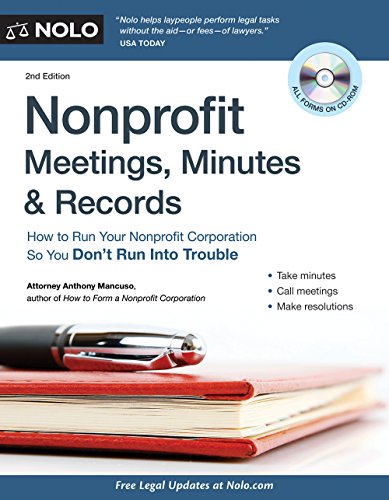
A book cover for Nonprofit Meetings, Minutes & Records: How to Run Your Nonprofit Corporation So You Don't Run Into Trouble; Anthony Mancuso Attorney Attorney; Law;